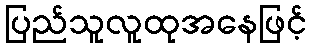
ပြည်သူလူထုအနေဖြင့်